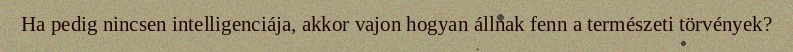
Ha pedig nincsen intelligenciája, akkor vajon hogyan állnak fenn a természeti törvények?